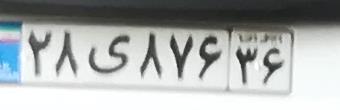
۲۸ی۸۷۶۲۶